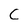
Character: C